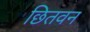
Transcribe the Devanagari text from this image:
छितवन